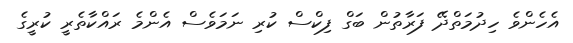
އެެހެންވެ ހިދުމަތްދޭ ފަރާތުން ބަގް ފިކްސް ކުރި ނަމަވެސް އެންމެ ރައްކާތެރީ ކުރީގެ